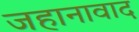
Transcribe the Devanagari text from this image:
जहानावाद